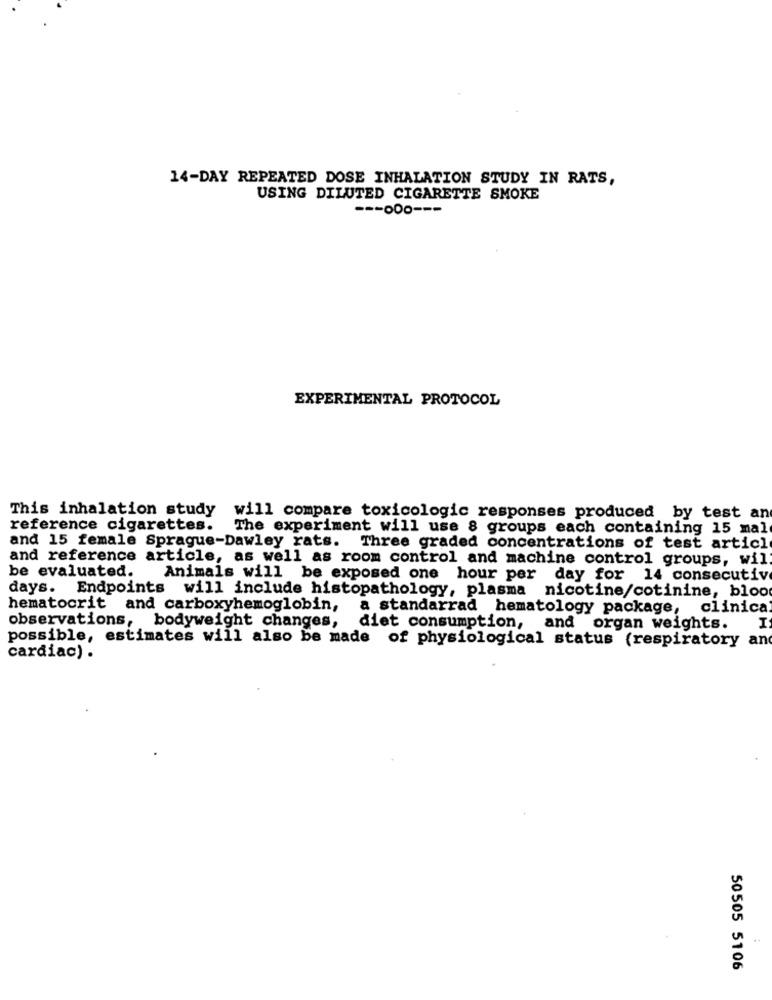
14-DAY REPEATED DOSE INHALATION STUDY IN RATS,
USING DILUTED CIGARETTE SMOKE
--- 000 ---
EXPERIMENTAL PROTOCOL
This inhalation study will compare toxicologic responses produced by test an
reference cigarettes.
The experiment will use 8 groups each containing 15 mal
and 15 female Sprague-Dawley rats. Three graded concentrations of test articl
and reference article, as well as room control and machine control groups, wil
be evaluated.
Animals will be exposed one hour per day for 14 consecutive
days. Endpoints will include histopathology, plasma nicotine/cotinine, bloo
hematocrit and carboxyhemoglobin,
a standarrad hematology package, clinica
observations, bodyweight changes,
diet consumption, and organ weights.
I
possible, estimates will also be made of physiological status (respiratory an
cardiac) .
50505 5106